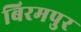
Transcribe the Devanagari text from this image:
बिरमपुर